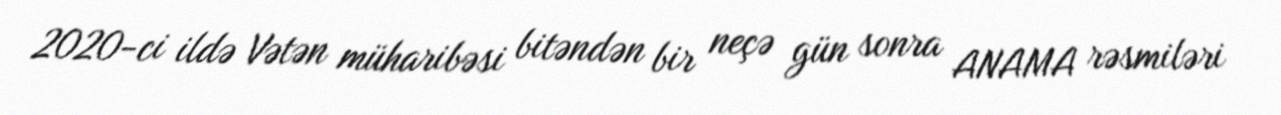
2020-ci ildə Vətən müharibəsi bitəndən bir neçə gün sonra ANAMA rəsmiləri